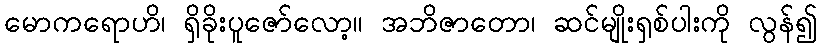
မောကရောဟိ၊ ရှိခိုးပူဇော်လော့။ အဘိဇာတော၊ ဆင်မျိုးရှစ်ပါးကို လွန်၍